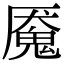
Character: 魇